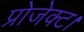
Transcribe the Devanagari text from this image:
प्रोजेक्ट।